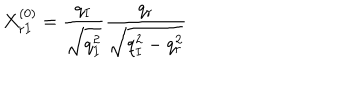
X _ { r I } ^ { ( 0 ) } = \frac { q _ { I } } { \sqrt { q _ { I } ^ { 2 } } } \frac { q _ { r } } { \sqrt { q _ { I } ^ { 2 } - q _ { r } ^ { 2 } } }